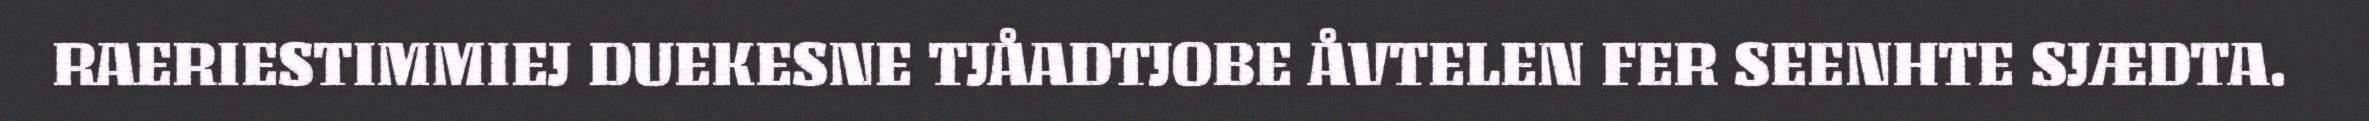
RAERIESTIMMIEJ DUEKESNE TJÅADTJOBE ÅVTELEN FER SEENHTE SJÆDTA.